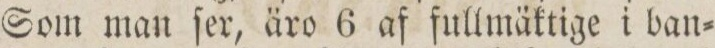
Som man ſer, äro 6 af fullmäktige i ban=